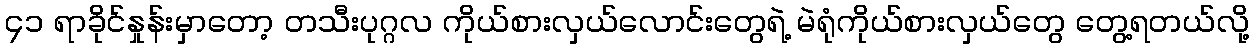
၄၁ ရာခိုင်နှုန်းမှာတော့ တသီးပုဂ္ဂလ ကိုယ်စားလှယ်လောင်းတွေရဲ့ မဲရုံကိုယ်စားလှယ်တွေ တွေ့ရတယ်လို့